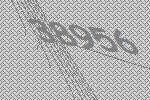
38956